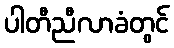
ပါတီညီလာခံတွင်